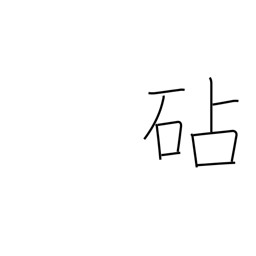
Meaning: fulling block